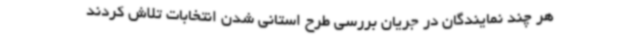
هر چند نمایندگان در جریان بررسی طرح استانی شدن انتخابات تلاش کردند